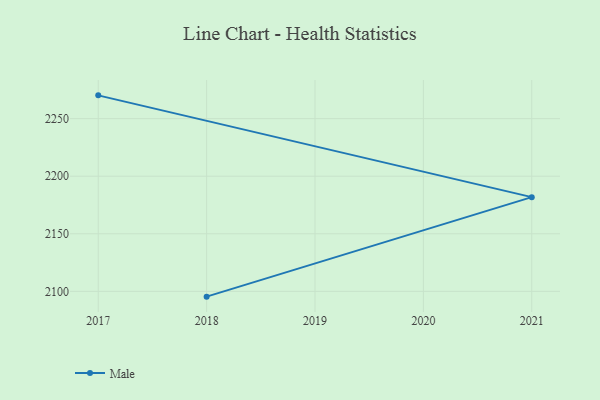
{"axis": {"x": "Year", "y": "Net Income (USD K)"}, "legend": ["Male"], "data": [{"x": "2017", "y": 2270.2, "type": "Male"}, {"x": "2021", "y": 2181.8, "type": "Male"}, {"x": "2018", "y": 2095.4, "type": "Male"}]}